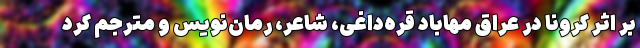
بر اثر کرونا در عراق مهاباد قره‌داغی، شاعر، رمان‌نویس و مترجم کرد